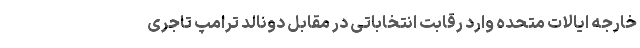
خارجه ایالات متحده وارد رقابت انتخاباتی در مقابل دونالد ترامپ تاجری